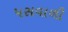
પસવાળી